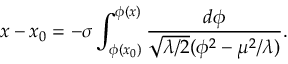
x - x _ { 0 } = - \sigma \int _ { \phi ( x _ { 0 } ) } ^ { \phi ( x ) } \frac { d \phi } { \sqrt { \lambda / 2 } ( \phi ^ { 2 } - \mu ^ { 2 } / \lambda ) } .